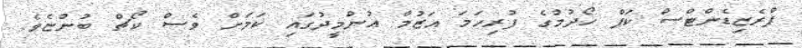
ޕްރެޒިޑެންޓްސް ކަޕް ހޯދުމުގެ ފުރިހަމަ އަޒުމާ އުންމީދުގައި ކަމަށް ވެސް ކޯޗް ބުންޏެވެ.